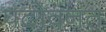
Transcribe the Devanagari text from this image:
पदोवनत